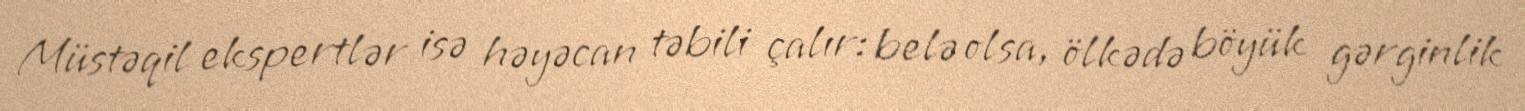
Müstəqil ekspertlər isə həyəcan təbili çalır: belə olsa, ölkədə böyük gərginlik